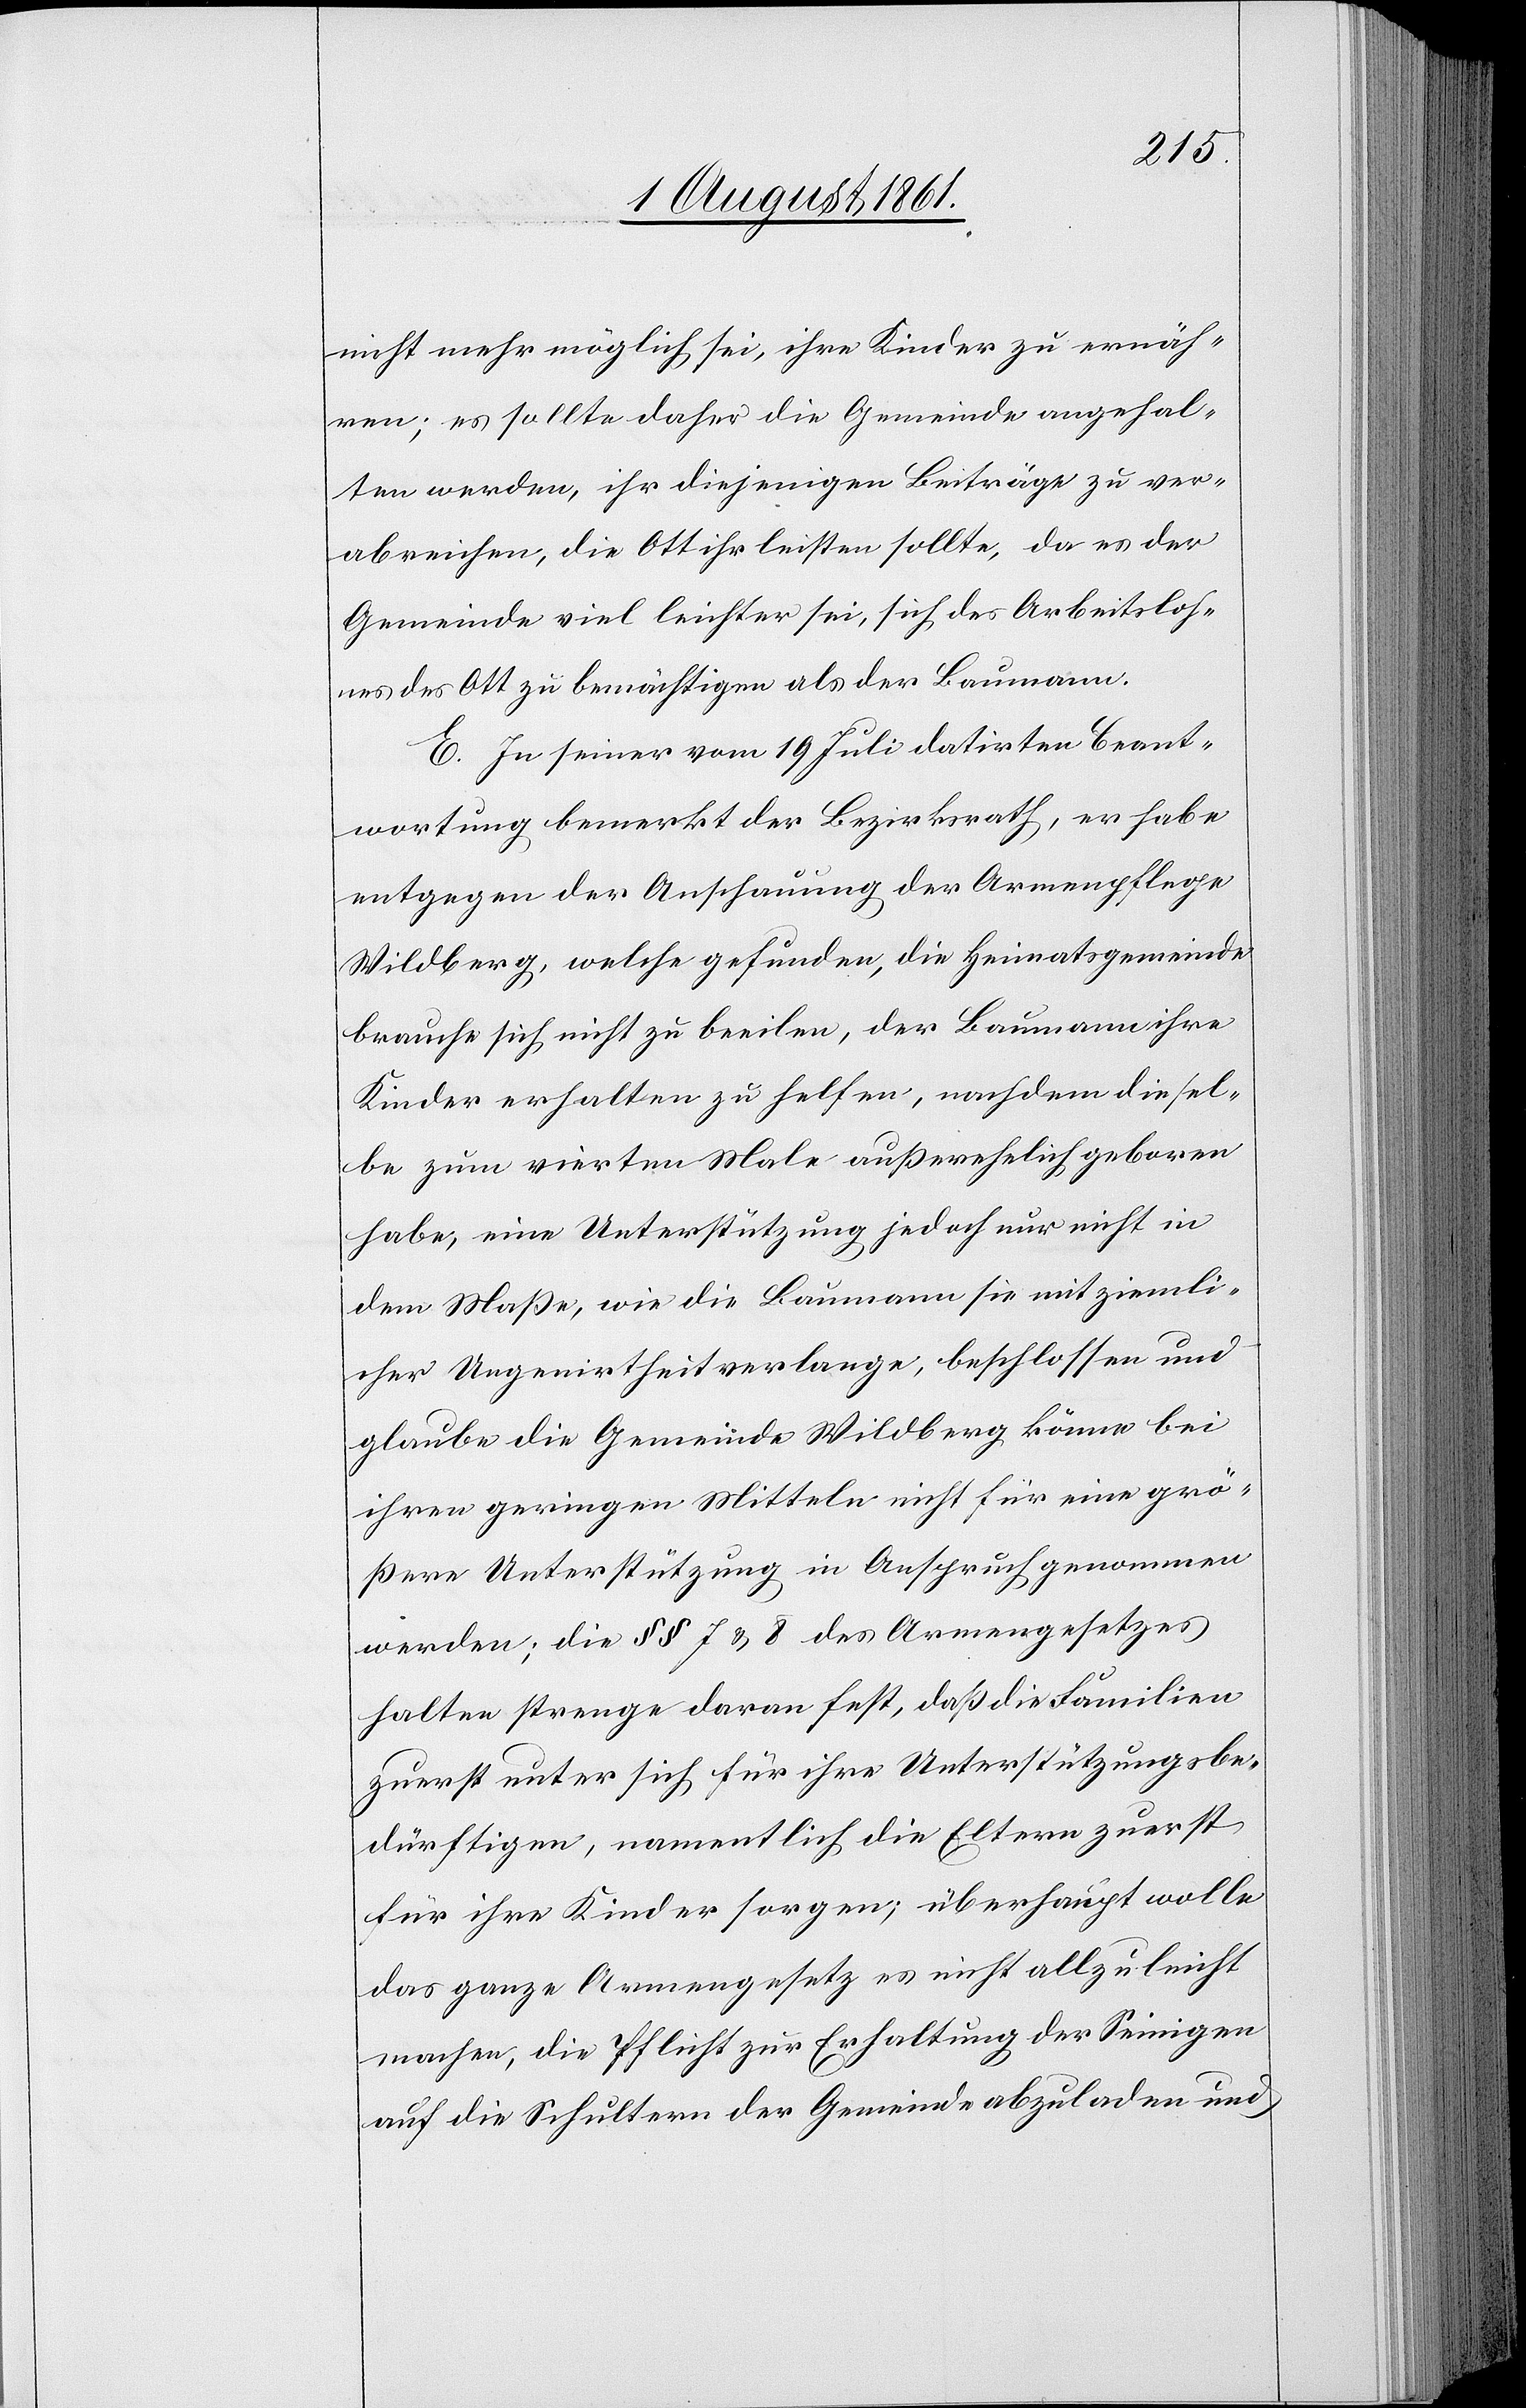
nicht mehr möglich sei, ihre Kinder zu ernäh¬
ren; es sollte daher die Gemeinde angehal¬
ten werden, ihr diejenigen Beiträge zu ver¬
abreichen, die Ott ihr leisten sollte, da es der
Gemeinde viel leichter sei, sich des Arbeitsloh¬
nes des Ott zu bemächtigen als der Baumann.
E. In seiner vom 19 Juli datirten Beant¬
wortung bemerkt der Bezirksrath, er habe
entgegen der Anschauung der Armenpflege
Wildberg, welche gefunden, die Heimatsgemeinde
brauche sich nicht zu beeilen, der Baumann ihre
Kinder erhalten zu helfen, nachdem diesel¬
be zum vierten Male außerehelich geboren
habe, eine Unterstützung jedoch nur nicht in
dem Maße, wie die Baumann sie mit ziemli¬
cher Ungeniertheit verlange, beschlossen und
glaube die Gemeinde Wildberg könne bei
ihren geringen Mitteln nicht für eine grö¬
ßere Unterstützung in Anspruch genommen
werden; die §§ 7 u. 8 des Armengesetzes
halten strenge daran fest, daß die Familien
zuerst unter sich für ihre Unterstützungsbe¬
dürftigen, namentlich die Eltern zuerst
für ihre Kinder sorgen, überhaupt wolle
das ganze Armengesetz es nicht allzu leicht
machen, die Pflicht zur Erhaltung der Seinigen
auf die Schultern der Gemeinde abzuladen und